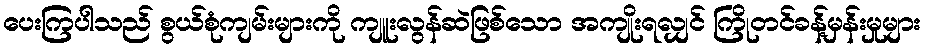
ပေးကြပါသည် စွယ်စုံကျမ်းများကို ကျူးလွန်ဆဲဖြစ်သော အကျိုးရလျှင် ကြိုတင်ခန့်မှန်းမှုများ